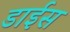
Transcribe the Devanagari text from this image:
डाईस